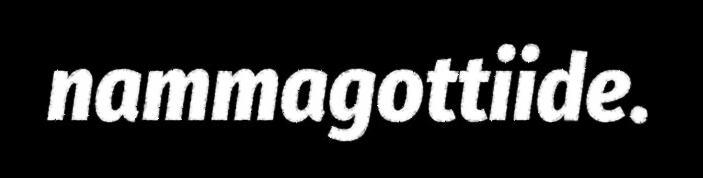
nammagottiide.